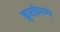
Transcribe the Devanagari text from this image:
कुरळेपणा